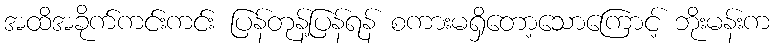
အထိအခိုက်ကင်းကင်း ပြန်တုန့်ပြန်ရန် စကားမရှိတော့သောကြောင့် ဘိုးမန်းက